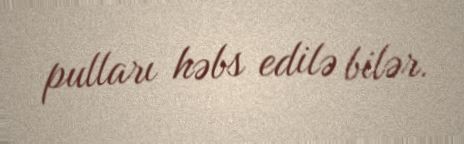
pulları həbs edilə bilər.